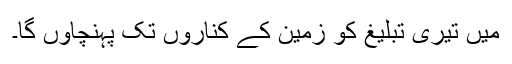
میں تیری تبلیغ کو زمین کے کناروں تک پہنچاؤں گا۔